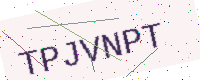
Text: TPJVNPT